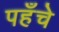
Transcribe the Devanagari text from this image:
पहँचे